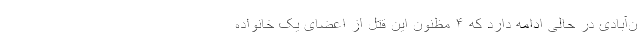
ن‌آبادی در حالی ادامه دارد که ۴ مظنون این قتل از اعضای یک خانواده